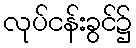
လုပ်ငန်းခွင်၌